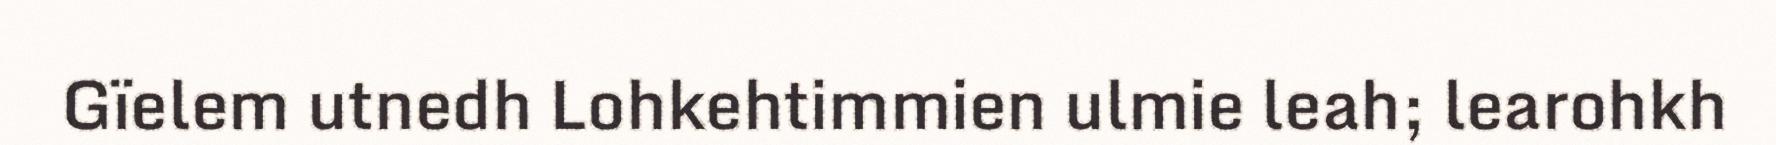
Gïelem utnedh Lohkehtimmien ulmie leah; learohkh